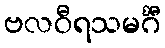
ဗလဝီရသမင်္ဂီ